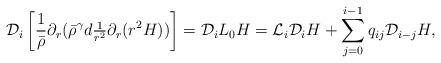
LaTeX: \begin{align*}&\mathcal{D}_i \left[ \frac{1}{\bar{\rho}} \partial_r ( \bar{\rho}^\gamma d \tfrac{1}{r^2} \partial_r (r^2 H)) \right] = \mathcal{D}_i L_0 H =\mathcal{L}_i \mathcal{D}_i H + \sum_{j=0}^{i-1} q_{ij} \mathcal{D}_{i-j} H,\end{align*}